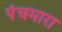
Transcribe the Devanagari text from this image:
पंचमारा